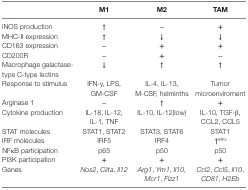
|  | M1 | M2 | TAM |
 | --- | --- | --- | --- |
 | iNOS production | ↑ | − | + |
 | MHC-II expression | ↑ | ↓ | ↓ |
 | CD163 expression | − | + | + |
 | CD200R | − | + | − |
 | Macrophage galactase-type C-type lectins | ↓ | ↑ | ↑ |
 | Response to stimulus | IFN-y, LPS, GM-CSF | IL-4, IL-13, M-CSF, helminths | Tumor microenviroment |
 | Arginase 1 | − | ↑ | + |
 | Cytokine production | IL-18, IL-12, IL-1, TNF | IL-10, IL-12(low) | IL-10, TGF-β, CCL2, CCL5 |
 | STAT molecules | STAT1, STAT2 | STAT3, STAT6 | STAT1 |
 | IRF molecules | IRF5 | IRF4 | ↑IRF3 |
 | NFκB participation | p65 | p50 | p50 |
 | PI3K participation | + | + | + |
 | Genes | Nos2, Ciita, ll12 | Arg1, Ym1, ll10, Mcr1, Fizz1 | Ccl2, Ccl5, ll10, CD81, H2Eb |